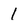
Character: 1